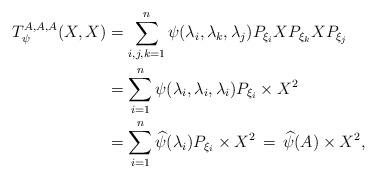
LaTeX: \begin{align*}T_{\psi}^{A,A,A}(X,X)&=\sum_{i,j,k=1}^n \psi(\lambda_i,\lambda_k,\lambda_j)P_{\xi_i}XP_{\xi_k} XP_{\xi_j}\\&=\sum_{i=1}^n \psi(\lambda_i, \lambda_i,\lambda_i)P_{\xi_i} \times X^2\\&=\sum_{i=1}^n \widehat{\psi}(\lambda_i)P_{\xi_i} \times X^2\,=\,\widehat{\psi}(A)\times X^2,\end{align*}